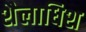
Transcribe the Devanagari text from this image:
शैलाधिश